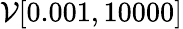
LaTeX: \mathcal{V}[0.001,10000]